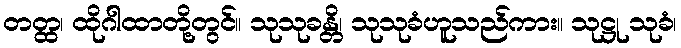
တတ္ထ၊ ထိုဂါထာတို့တွင်။ သုသုခန္တိ၊ သုသုခံဟူသည်ကား။ သုဋ္ဌု သုခံ၊